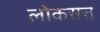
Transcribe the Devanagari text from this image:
लोकसत्त